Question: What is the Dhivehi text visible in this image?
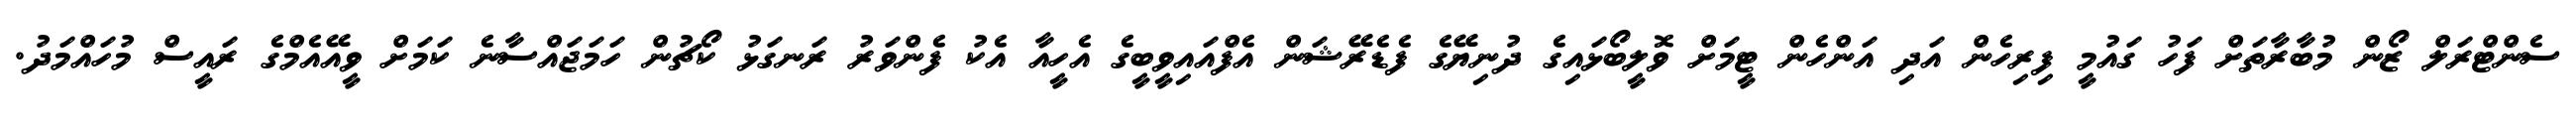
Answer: ސެންޓްރަލް ޒޯން މުބާރާތަށް ފަހު ގައުމީ ފިރިހެން އަދި އަންހެން ޓީމަށް ވޮލީބޯޅައިގެ ދުނިޔޭގެ ފެޑެރޭޝަން އެފްއައިވީބީގެ އެހީއާ އެކު ފެންވަރު ރަނގަޅު ކޯޗުން ހަމަޖައްސާނެ ކަމަށް ވީއޭއެމްގެ ރައީސް މުހައްމަދު.